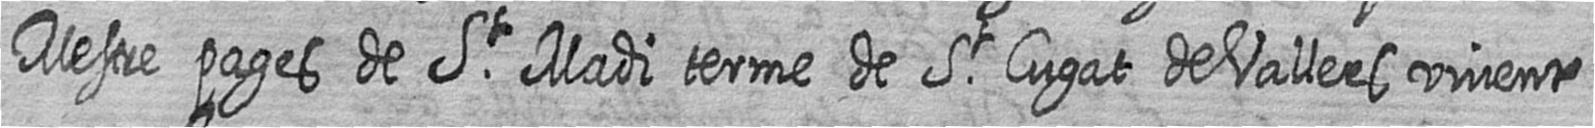
Mestre pages de St Madi terme de St Cugat de Vallers vivent